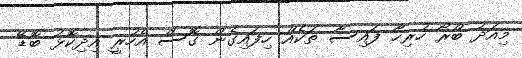
މިއަދު ބްރޯ ހުރިހާ ފައިސާ ތަކެއް ހިފައިގެން ގޮސް އެހުރީ އިދިކޮޅު ބޮޑޭ